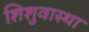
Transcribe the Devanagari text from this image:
शिशुवास्था